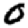
Digit: 0